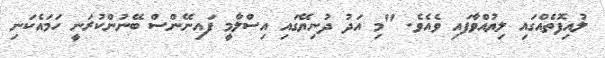
ލުއިފޮތެއްގައި ލިޔުއްވާފައި ވެއެވެ. "މި އަދު ދުނިޔޭގައި އިސްލާމީ ފައިނޭންސް ބޭނުންކުރަނީ ހަމައެކަނި